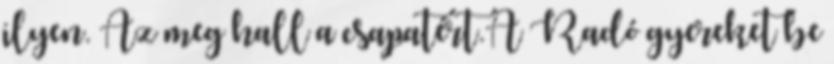
ilyen. Az meg hall a csapatért.A Radó gyereket be